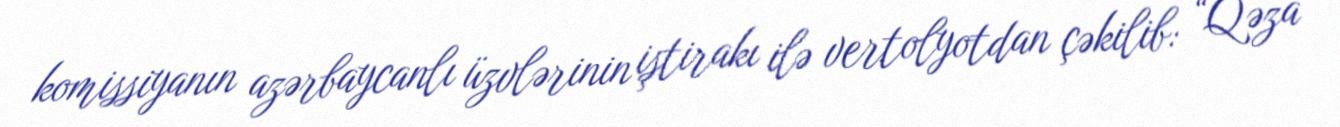
komissiyanın azərbaycanlı üzvlərinin iştirakı ilə vertolyotdan çəkilib: “Qəza